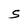
Character: S